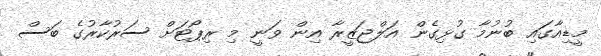
މީޑިއާގައި ބުނުމާ ގުޅިގެން އަލްޖަޒީރާ އިން ވަނީ މި ރިޕޯޓަށް ސަރުކާރުގެ ބަސް